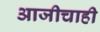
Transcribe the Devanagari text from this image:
आजीचाही